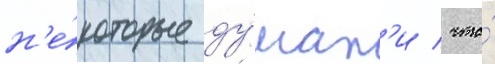
н'е́которые ду́мал'и / что́